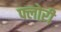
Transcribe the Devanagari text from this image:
फ्लोऱी